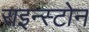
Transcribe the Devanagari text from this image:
राइन्स्टोन